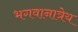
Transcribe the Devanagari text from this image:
भगवानात्रेय